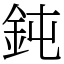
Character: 鈍